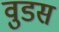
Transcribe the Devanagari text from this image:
वुडस